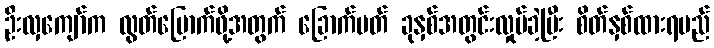
ဦးလှကျော်က လွတ်မြောက်ဖို့အတွက် ခြောက်ပတ် ခုနှစ်အတွင်းလှုပ်ခဲ့ပြီး စိတ်နှစ်ထားရမည်